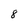
Character: 8